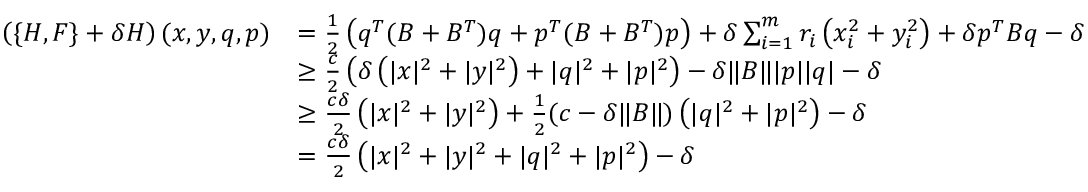
\begin{array} { r l } { \left( \{ H , F \} + \delta H \right) ( x , y , q , p ) } & { = \frac { 1 } { 2 } \left( q ^ { T } ( B + B ^ { T } ) q + p ^ { T } ( B + B ^ { T } ) p \right) + \delta \sum _ { i = 1 } ^ { m } r _ { i } \left( x _ { i } ^ { 2 } + y _ { i } ^ { 2 } \right) + \delta p ^ { T } B q - \delta } \\ & { \geq \frac { c } { 2 } \left( \delta \left( | x | ^ { 2 } + | y | ^ { 2 } \right) + | q | ^ { 2 } + | p | ^ { 2 } \right) - \delta \| B \| | p | | q | - \delta } \\ & { \geq \frac { c \delta } { 2 } \left( | x | ^ { 2 } + | y | ^ { 2 } \right) + \frac { 1 } { 2 } ( c - \delta \| B \| ) \left( | q | ^ { 2 } + | p | ^ { 2 } \right) - \delta } \\ & { = \frac { c \delta } { 2 } \left( | x | ^ { 2 } + | y | ^ { 2 } + | q | ^ { 2 } + | p | ^ { 2 } \right) - \delta } \end{array}